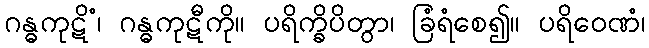
ဂန္ဓကုဋိံ၊ ဂန္ဓကုဋီကို။ ပရိက္ခိပိတွာ၊ ခြံရံစေ၍။ ပရိဝေဏံ၊